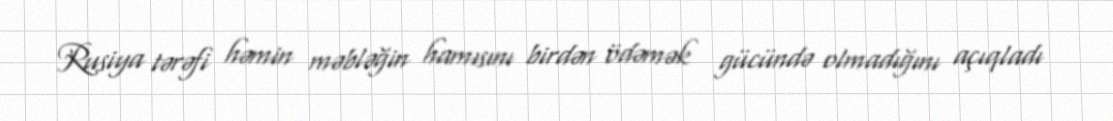
Rusiya tərəfi həmin məbləğin hamısını birdən ödəmək gücündə olmadığını açıqladı